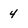
Character: 4